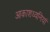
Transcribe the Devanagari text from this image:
आकाशध्वनियां